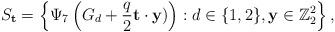
LaTeX: \begin{align*} S_{\mathbf{t}}=\left\{\Psi_7\left(G_d+\frac{q}{2}\mathbf{t}\cdot\mathbf{y})\right): d \in \{1,2\}, \mathbf{y} \in \mathbb{Z}_{2}^{2}\right\},\end{align*}